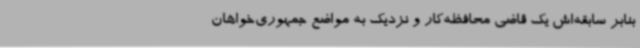
بنابر سابقه‌اش یک قاضی محافظه‌کار و نزدیک به مواضع جمهوری‌خواهان